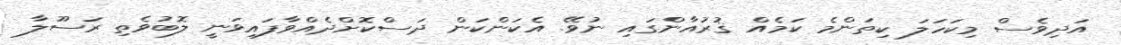
އަދިވެސް މިކަހަލަ ކިތަންމެ ކަމެއް ޤުރުއާންގައި ނުވޭ. އެކަންކަން ދަސްކޮށްދެއްވާފައިވަނީ ލޮބުވެތި ރަސޫލާ